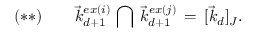
( * * ) \, \, \, \, \, \, \, \, \, \, \, \, \vec { k } _ { d + 1 } ^ { e x ( i ) } \, \bigcap \, \vec { k } _ { d + 1 } ^ { e x ( j ) } \, = \, [ \vec { k } _ { d } ] _ { J } .